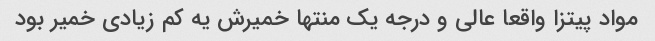
مواد پیتزا واقعا عالی و درجه یک منتها خمیرش یه کم زیادی خمیر بود